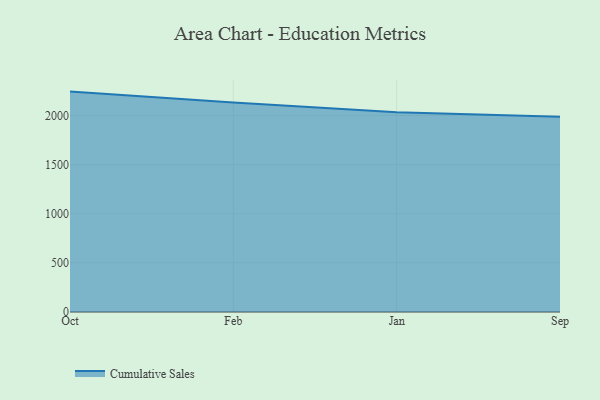
{"axis": {"x": "Month", "y": "Budget (USD K)"}, "legend": ["Cumulative Sales"], "data": [{"x": "Oct", "y": 2243.0, "type": "Cumulative Sales"}, {"x": "Feb", "y": 2133.1, "type": "Cumulative Sales"}, {"x": "Jan", "y": 2032.7, "type": "Cumulative Sales"}, {"x": "Sep", "y": 1987.7, "type": "Cumulative Sales"}]}